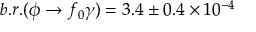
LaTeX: b . r . ( \phi \to f _ { 0 } \gamma ) = 3 . 4 \pm 0 . 4 \times 1 0 ^ { - 4 }